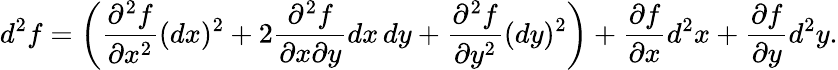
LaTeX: d^{2}f=\left({\frac{\partial^{2}f}{\partial x^{2}}}(dx)^{2}+2{\frac{\partial^{2}f}{\partial x\partial y}}dx\, dy+{\frac{\partial^{2}f}{\partial y^{2}}}(dy)^{2}\right)+{\frac{\partial f}{\partial x}}d^{2}x+{\frac{\partial f}{\partial y}}d^{2}y.